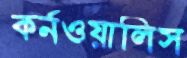
কর্নওয়ালিস